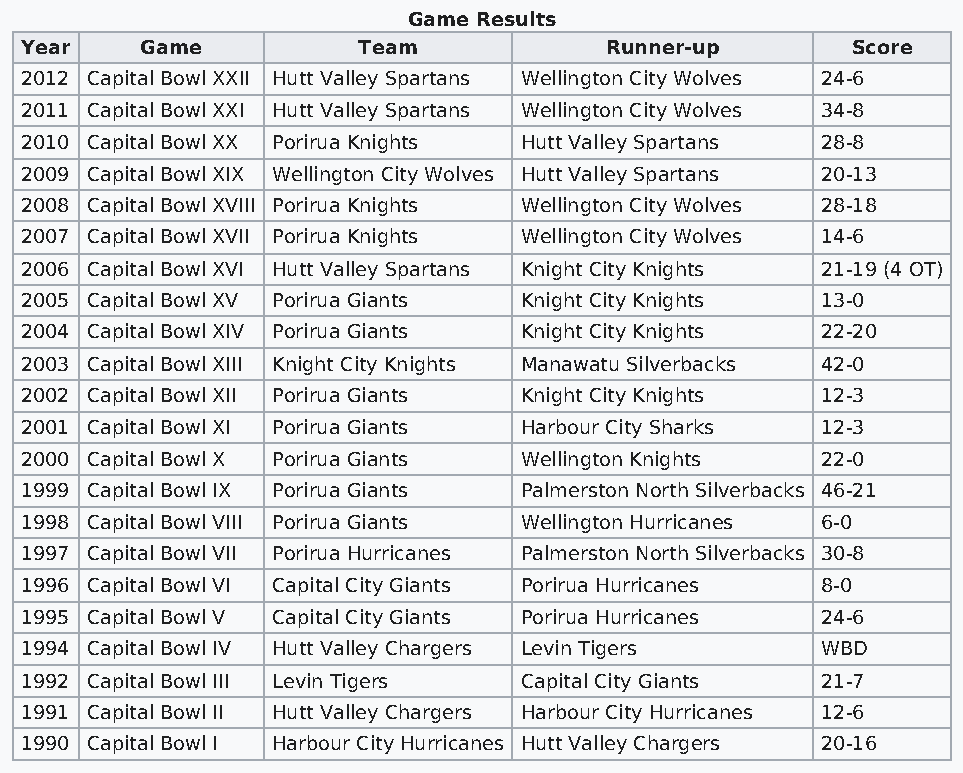
Game Results
 Year    Game           Team            Runner-up       Score
 2012 Capital Bowl XXII Hutt Valley Spartans Wellington City Wolves 24-6
 2011 Capital Bowl XXI Hutt Valley Spartans Wellington City Wolves 34-8
 2010 Capital Bowl XX Porirua Knights Hutt Valley Spartans 28-8
 2009 Capital Bowl XIX Wellington City Wolves Hutt Valley Spartans 20-13
 2008 Capital Bowl XVIII Porirua Knights Wellington City Wolves 28-18
 2007 Capital Bowl XVII Porirua Knights Wellington City Wolves 14-6
 2006 Capital Bowl XVI Hutt Valley Spartans Knight City Knights 21-19 (4 OT)
 2005 Capital Bowl XV Porirua Giants Knight City Knights 13-0
 2004 Capital Bowl XIV Porirua Giants Knight City Knights 22-20
 2003 Capital Bowl XIII Knight City Knights Manawatu Silverbacks 42-0
 2002 Capital Bowl XII Porirua Giants Knight City Knights 12-3
 2001 Capital Bowl XI Porirua Giants Harbour City Sharks 12-3
 2000 Capital Bowl X Porirua Giants Wellington Knights 22-0
 1999 Capital Bowl IX Porirua Giants Palmerston North Silverbacks 46-21
 1998 Capital Bowl VIII Porirua Giants Wellington Hurricanes 6-0
 1997 Capital Bowl VII Porirua Hurricanes Palmerston North Silverbacks 30-8
 1996 Capital Bowl VI Capital City Giants Porirua Hurricanes 8-0
 1995 Capital Bowl V Capital City Giants Porirua Hurricanes 24-6
 1994 Capital Bowl IV Hutt Valley Chargers Levin Tigers WBD
 1992 Capital Bowl III Levin Tigers Capital City Giants 21-7
 1991 Capital Bowl II Hutt Valley Chargers Harbour City Hurricanes 12-6
 1990 Capital Bowl I Harbour City Hurricanes Hutt Valley Chargers 20-16